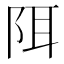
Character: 𫔾